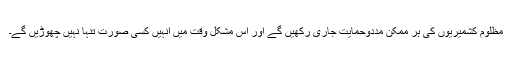
مظلوم کشمیریوں کی ہر ممکن مددوحمایت جاری رکھیں گے اور اس مشکل وقت میں انہیں کسی صورت تنہا نہیں چھوڑیں گے۔